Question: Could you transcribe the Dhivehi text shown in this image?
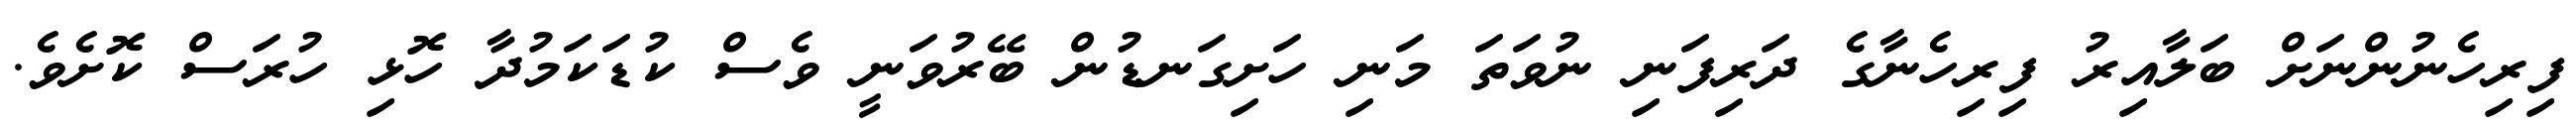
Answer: ފިރިހެނުންނަށް ބަލާއިރު ފިރިހެނާގެ ދަރިފަނި ނުވަތަ މަނި ހަށިގަނޑުން ބޭރުވަނީ ވެސް ކުޑަކަމުދާ ހޮޅި ހުރަސް ކޮށެވެ.